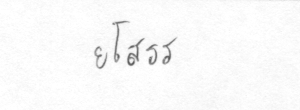
ยโสธร